Civil Veterinary Department Bengal reports 1933-51 - 1933-1951
Year: 1933
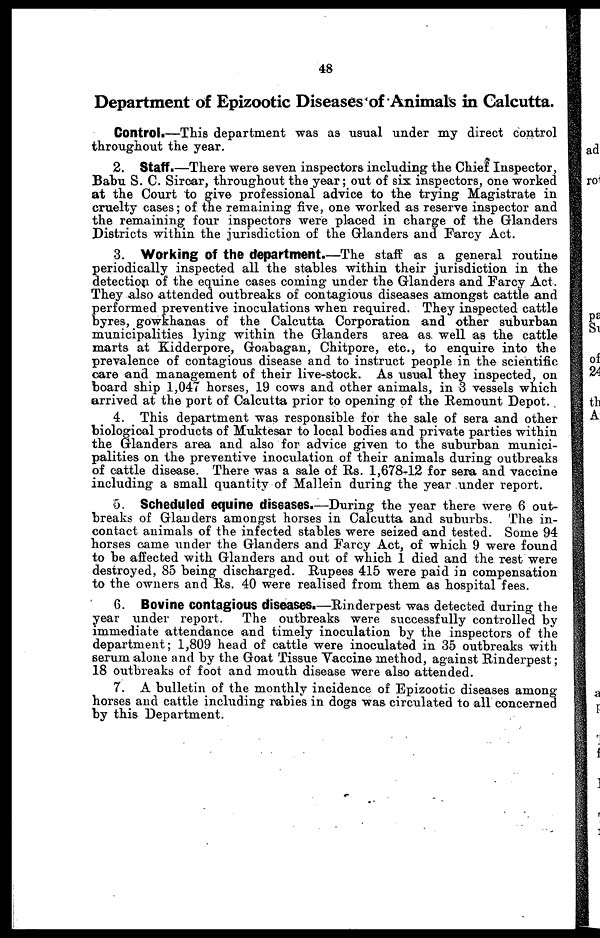
48
Department of Epizootic Diseases of Animals in Calcutta.
Control.—This department was as usual under my direct control
throughout the year.
2. Staff.—There were seven inspectors including the Chief Inspector,
Babu S. C. Sircar, throughout the year ; out of six inspectors, one worked
at the Court to give professional advice to the trying Magistrate in
cruelty cases ; of the remaining five, one worked as reserve inspector and
the remaining four inspectors were placed in charge of the Glanders
Districts within the jurisdiction of the Glanders and Farcy Act.
3. Working of the department.—The staff as a general routine
periodically inspected all the stables within their jurisdiction in the
detection of the equine cases coming under the Glanders and Farcy Act.
They also attended outbreaks of contagious diseases amongst cattle and
performed preventive inoculations when required. They inspected cattle
byres, gowkhanas of the Calcutta Corporation and other suburban
municipalities lying within the Glanders area as. well as the cattle
marts at Kidderpore, Goabagan, Chitpore, etc., to enquire into the
prevalence of contagious disease and to instruct people in the scientific
care and management of their live-stock. As usual they inspected, on
board ship 1,047 horses, 19 cows and other animals, in 3 vessels which
arrived at the port of Calcutta prior to opening of the Remount Depot.
4. This department was responsible for the sale of sera and other
biological products of Muktesar to local bodies and private parties within
the Glanders area and also for advice given to the suburban munici-
palities on the preventive inoculation of their animals during outbreaks
of cattle disease. There was a sale of Rs. 1,678-12 for sera and vaccine
including a small quantity of Mallein during the year under report.
5. Scheduled equine diseases.—During the year there were 6 out-
breaks of Glanders amongst horses in Calcutta and suburbs. The in-
contact animals of the infected stables were seized and tested. Some 94
horses came under the Glanders and Farcy Act, of which 9 were found
to be affected with Glanders and out of which 1 died and the rest were
destroyed, 85 being discharged. Rupees 415 were paid in compensation
to the owners and Rs. 40 were realised from them as hospital fees.
6. Bovine contagious diseases.—Rinderpest was detected during the
year under report.
The outbreaks were successfully controlled by
immediate attendance and timely inoculation by the inspectors of the
department ; 1,809 head of cattle were inoculated in 35 outbreaks with
serum alone and by the Goat Tissue Vaccine method, against Rinderpest ;
18 outbreaks of foot and mouth disease were also attended.
7. A bulletin of the monthly incidence of Epizootic diseases among
horses and cattle including rabies in dogs was circulated to all concerned
by this Department.